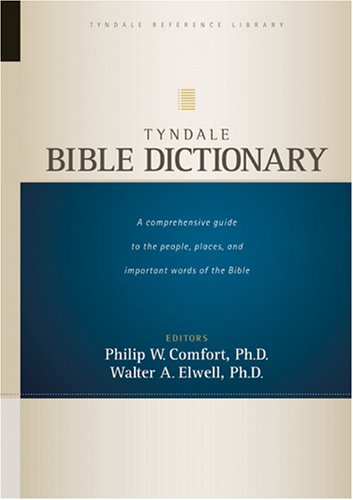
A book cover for Tyndale Bible Dictionary (Tyndale Reference Library); Walter A. Elwell; Christian Books & Bibles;